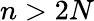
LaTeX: n>2N